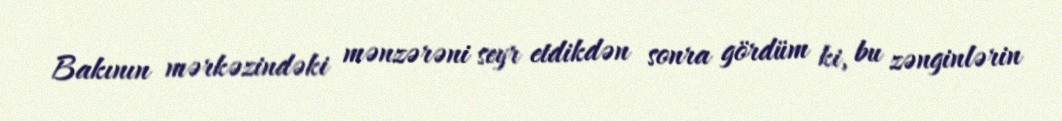
Bakının mərkəzindəki mənzərəni seyr etdikdən sonra gördüm ki, bu zənginlərin